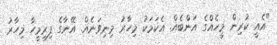
"އެއީ ކުރިން މީހެއްގެ އަންބެއް. އެކަމަކު މިހާރު މިނިވަނެއް. އޭނާގެ ފިރިމީހާ މިހާރު